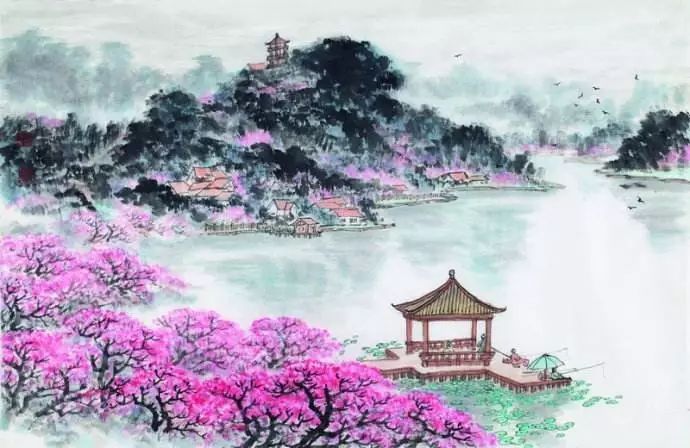
野火烧不尽，春风吹又生。